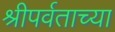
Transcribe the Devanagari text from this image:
श्रीपर्वताच्या